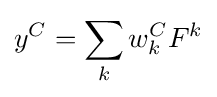
y^{C}=\sum _{k}w_{k}^{C}F^{k}